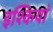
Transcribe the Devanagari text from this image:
इश्कियां